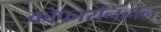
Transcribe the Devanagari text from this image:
कोफारनिहोन